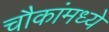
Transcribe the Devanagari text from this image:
चौकांमध्ये